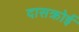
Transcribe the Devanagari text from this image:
दासक्रोई